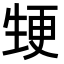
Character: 𭺵